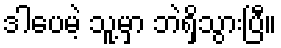
ဒါပေမဲ့ သူ့မှာ ဘဲရှိသွားပြီ။